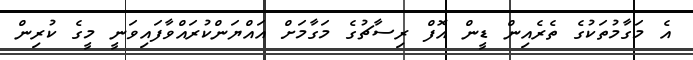
އެ މަގާމުތަކުގެ ތެރެއިން ޑީން އޮފް ރިސާޗުގެ މަގާމަށް އައްޔަންކުރައްވާފައިވަނީ މީގެ ކުރިން